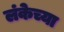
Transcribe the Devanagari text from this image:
लंकेच्या